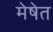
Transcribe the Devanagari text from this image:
मेषेत